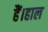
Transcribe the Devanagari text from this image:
हैं।हाल